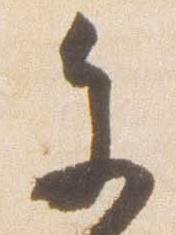
参